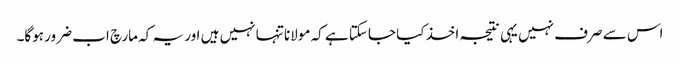
اس سے صرف نہیں یہی نتیجہ اخذ کیا جاسکتا ہے کہ مولانا تنہا نہیں ہیں اور یہ کہ مارچ اب ضرور ہوگا۔